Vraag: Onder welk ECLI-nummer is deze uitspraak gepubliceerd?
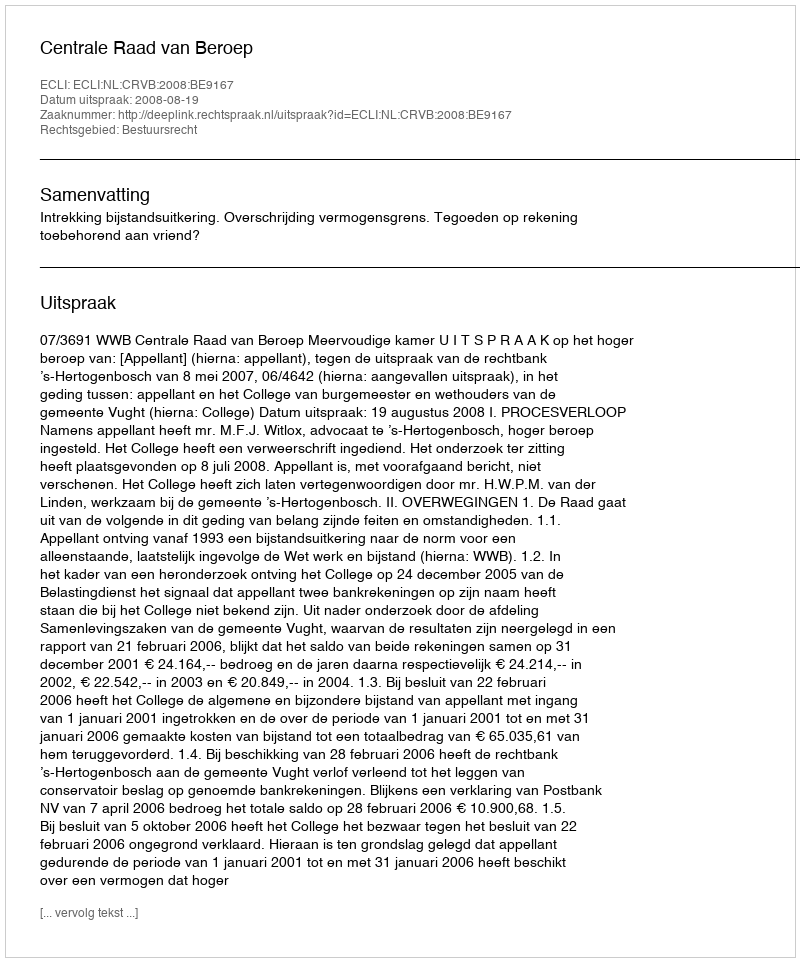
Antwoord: ECLI:NL:CRVB:2008:BE9167